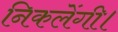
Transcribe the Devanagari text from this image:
निकलेंगी।